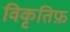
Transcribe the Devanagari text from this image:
विकृतिफ़